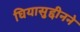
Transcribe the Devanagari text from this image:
घियासुद्दीनने